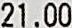
21.00